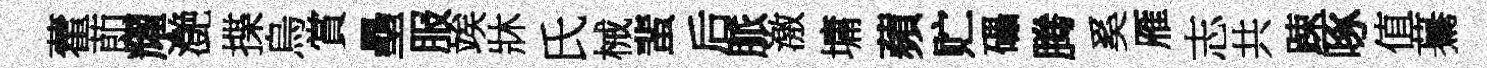
藿莭耀灔揲烏賞壘服竢牀氏械蜚后脈激墉蘋贮礧腾奚雁志共踈啄值驀